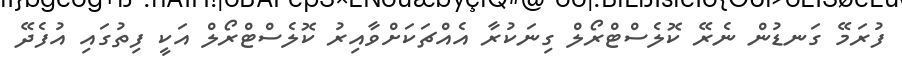
ފުރަމޭ ގަނޑުން ނެރޭ ކޮލެސްޓްރޯލް ގިނަކުރާ އެއްޗަކަށްވާއިރު ކޮލެސްޓްރޯލް އަކީ ފިތުގައި އުފެދޭ